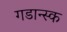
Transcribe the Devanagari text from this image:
गडान्स्क